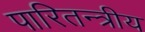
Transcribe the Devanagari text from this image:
पारितन्त्रीय